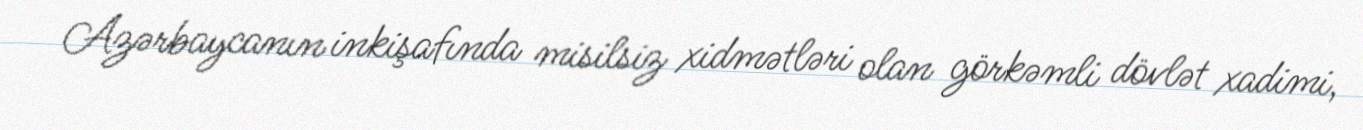
Azərbaycanın inkişafında misilsiz xidmətləri olan görkəmli dövlət xadimi,